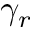
\gamma _ { r }